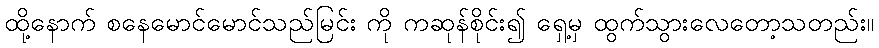
ထို့နောက် စနေမောင်မောင်သည်မြင်း ကို ကဆုန်စိုင်း၍ ရှေ့မှ ထွက်သွားလေတော့သတည်း။